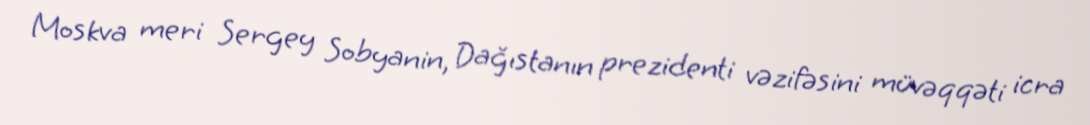
Moskva meri Sergey Sobyanin, Dağıstanın prezidenti vəzifəsini müvəqqəti icra